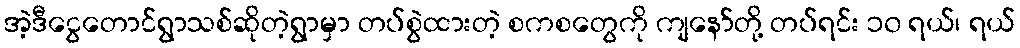
အဲ့ဒီငွေတောင်ရွာသစ်ဆိုတဲ့ရွာမှာ တပ်စွဲထားတဲ့ စကစတွေကို ကျနော်တို့ တပ်ရင်း ၁၀ ရယ်၊ ရယ်